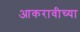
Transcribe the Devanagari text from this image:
आकरावीच्या